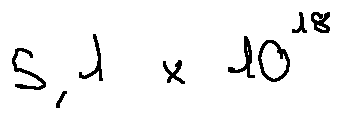
5 , 1 \times 1 0 ^ { 1 8 }